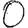
Digit: 0